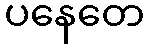
ပနေတေ